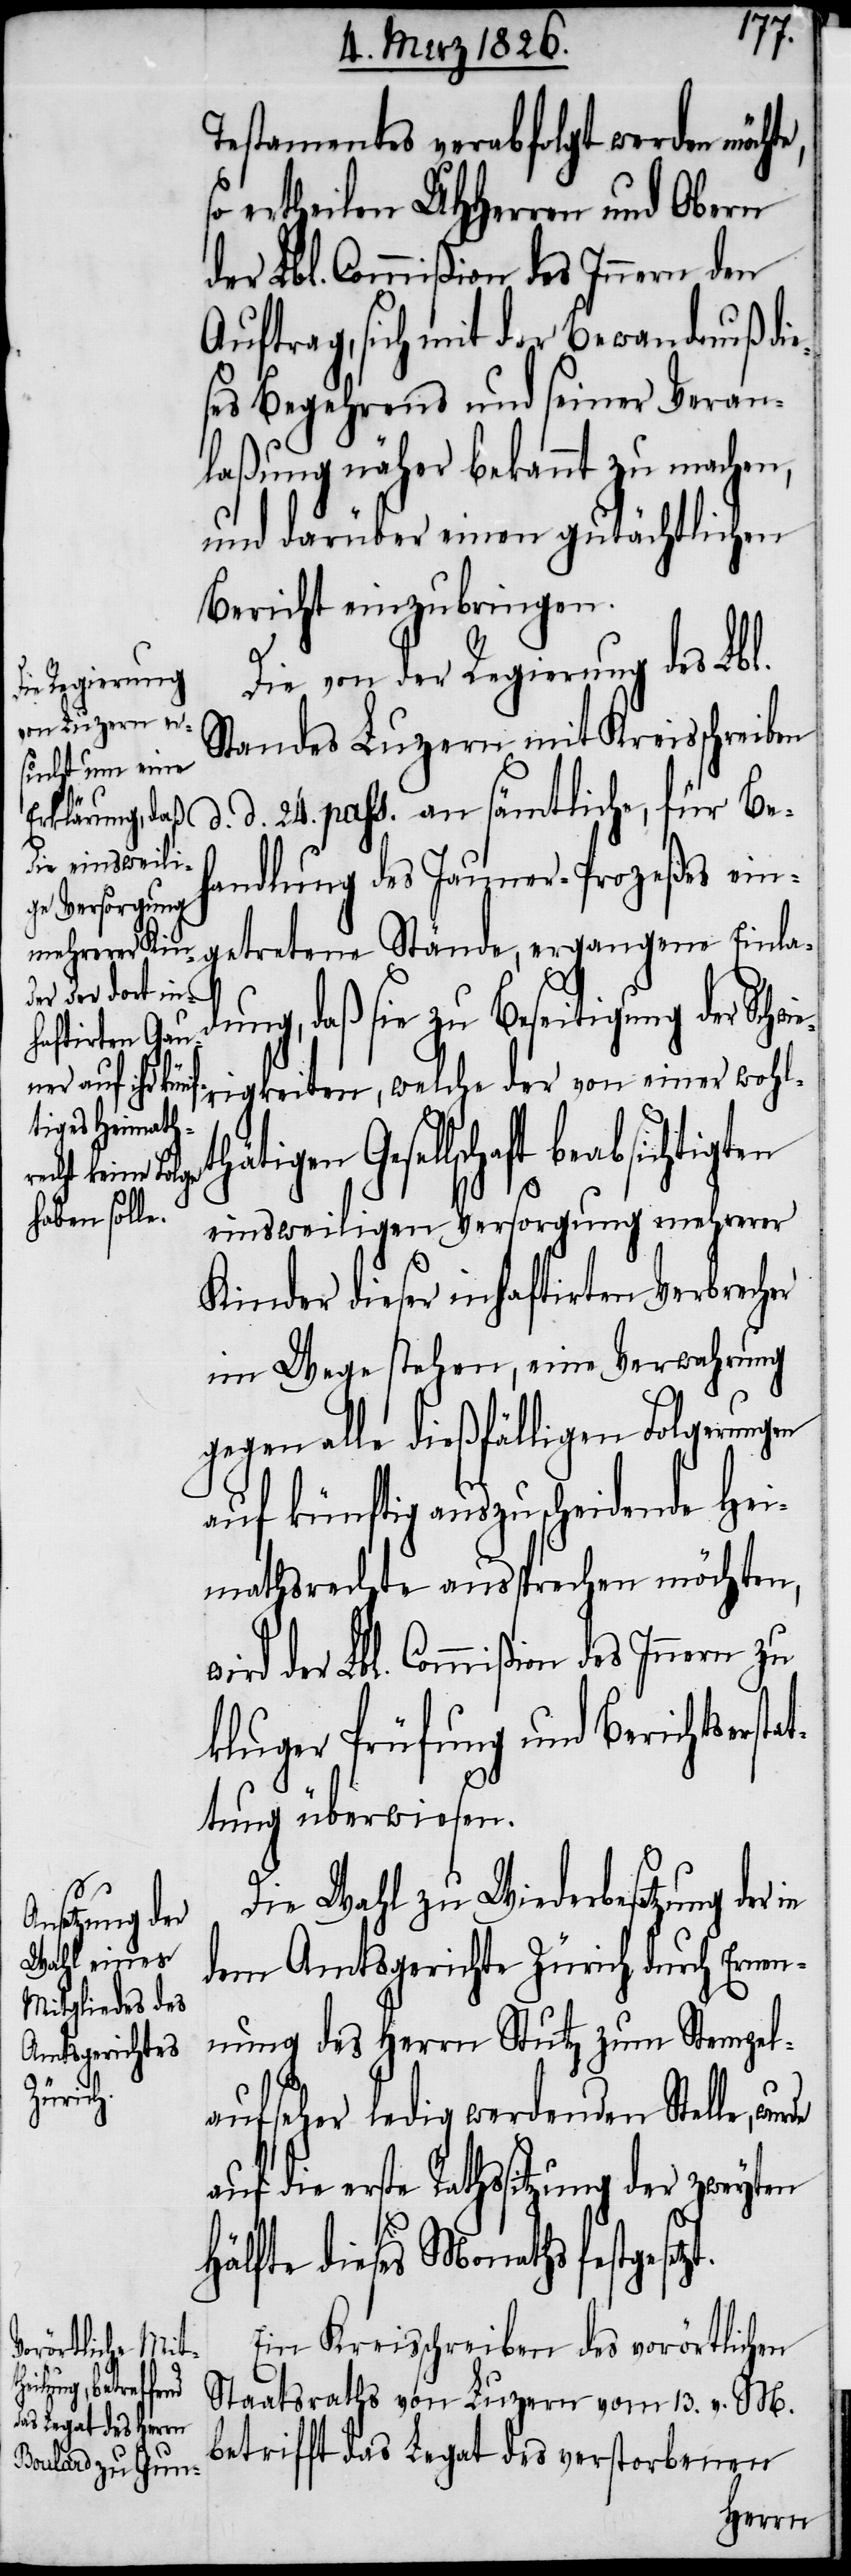
e, s¬
hätigen

zt.
Testamentes verabfolgt werden möcht¬
o ertheilen UHHerren und Obern
der Lbl. Commißion des Innern zu
Auftrag, sich mit der Bewandnuß die¬
ses Begehrens und seiner Veran¬
laßung näher bekannt zu machen,
und darüber einen gutächtlichen
Bericht einzubringen.
Die von der Regierung des Lbl.
Standes Luzern mit Kreisschreiben
d. 24. pass. an sämtliche, für Be¬
handlung des Jauner-Prozeßes ein¬
getretene Stände, ergangene Einlad¬
ung, daß sie zu Beseitigung der Schwie¬
rigkeiten, welche der von einer wohlt¬
Gesellschaft beabsichtigten
einsweiligen Versorgung mehrerer
Kinder dieser inhaftirten Verbrecher
im Wege stehen, eine Verwahrung
gegen alle dießfälligen Folgerungen
auf künftig auszuscheidende Hei¬
mathsrechte aussprechen möchten,
kluger Prüfung und Berichtsersta¬
ttung überwiesen.
Die Wahl zu Wiederbesetzung der
dem Amtsgerichte Zürich durch Ernen¬
nung des Herrn Stutz zum Stempel¬
aufseher ledig werdenden Stelle,
auf die erste Rathssitzung der zweyten
Hälfte dieses Monaths festgeset¬
Ein Kreisschreiben des vorörtlichen
Staatsraths von Luzern vom 13. v. M.
betrifft das Legat des verstorbenen